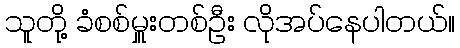
သူတို့ ခံစစ်မှူးတစ်ဦး လိုအပ်နေပါတယ်။